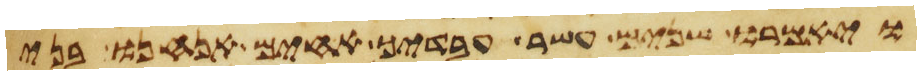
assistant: ויאמרו שנים עשר עבדיך אחים אנחנו בני